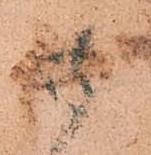
御